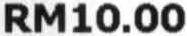
RM10.00